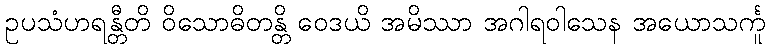
ဥပသံဟရန္တီတိ ဝိသောဓိတန္တိ ဝေဒယိ အမိဿာ အဂါရဝါသေန အယောသင်္ကူ